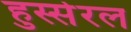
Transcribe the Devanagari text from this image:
हुस्सेरल